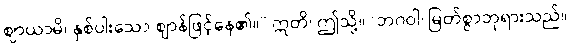
ဈာယာမိ၊ နှစ်ပါးသော ဈာန်ဖြင့်နေ၏။” ဣတိ၊ ဤသို့။ (ဘဂဝါ၊ မြတ်စွာဘုရားသည်။